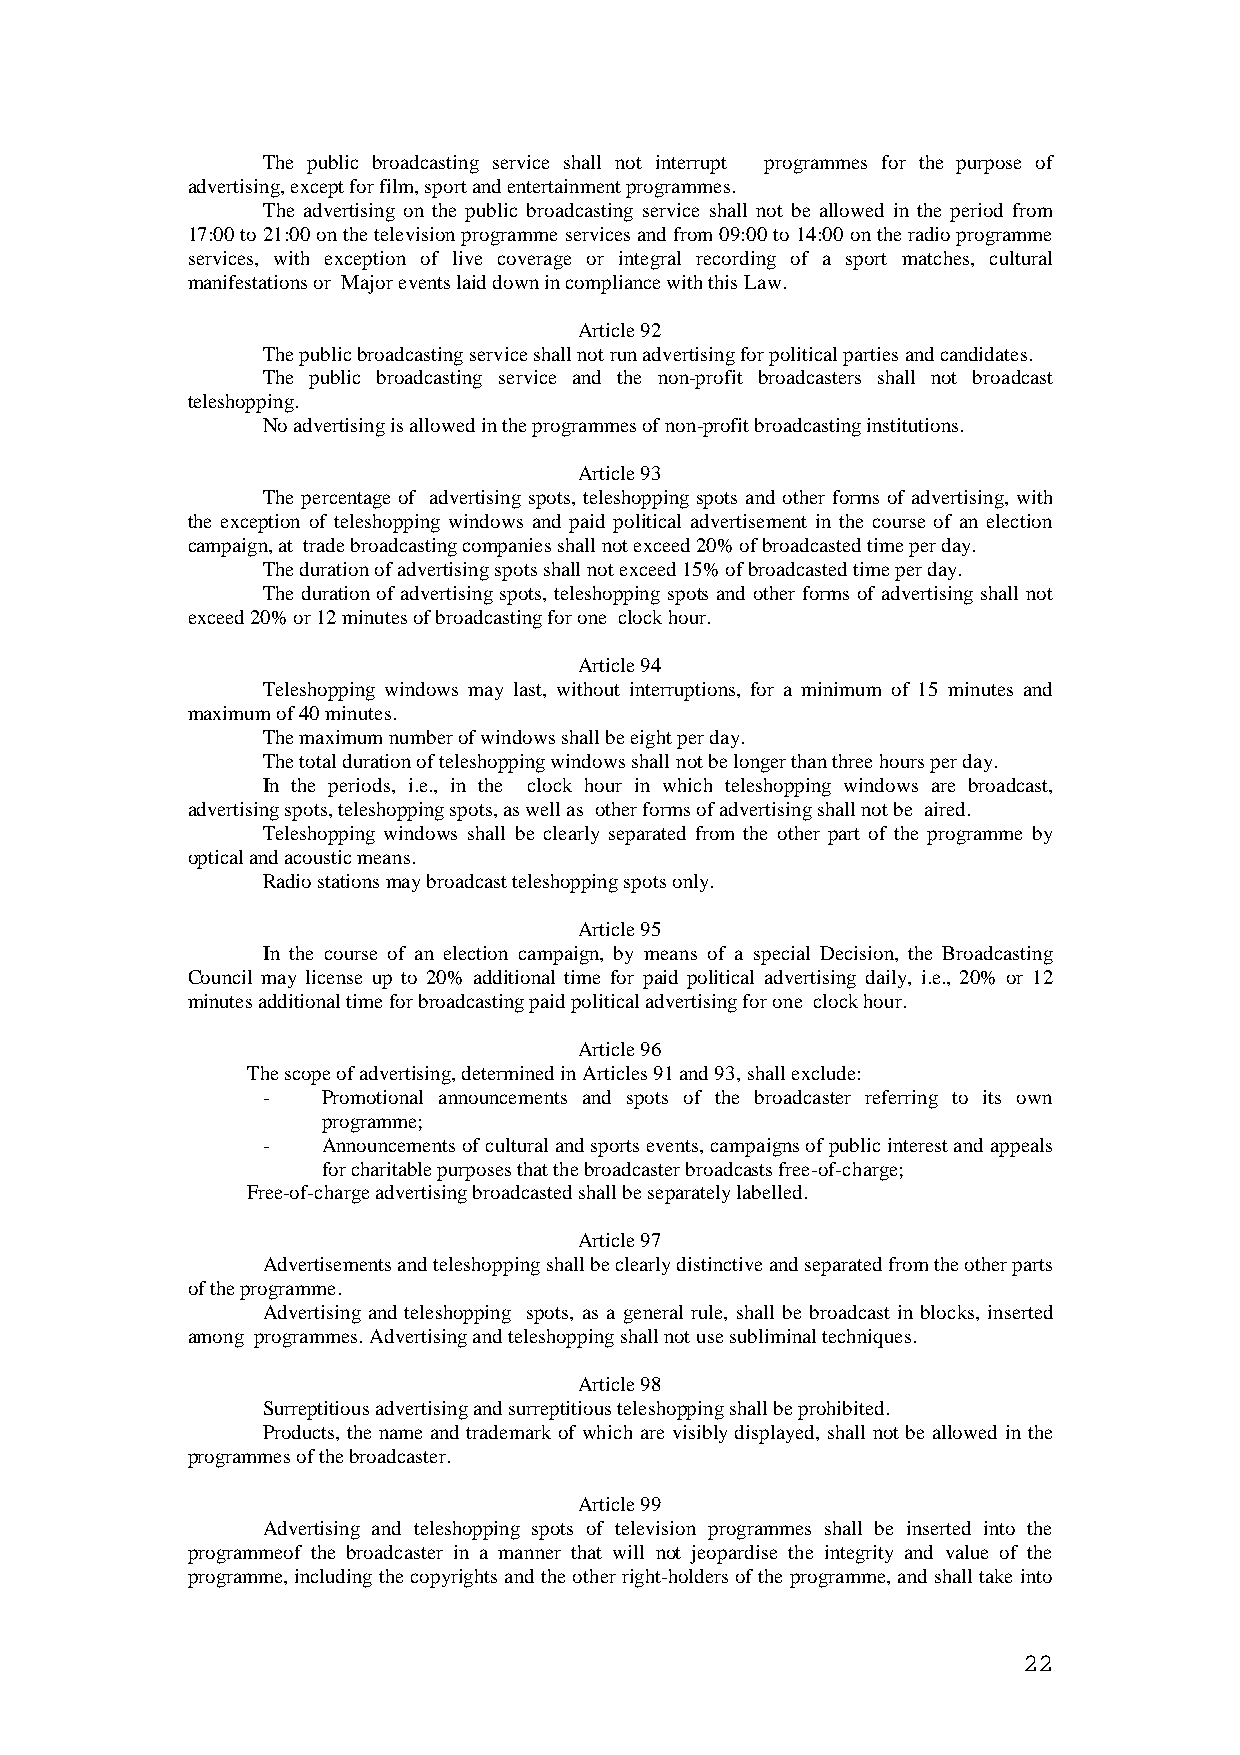
The public broadcasting service shall not interrupt programmes for the purpose of
 advertising, except for film, sport and entertainment programmes.
 The advertising on the public broadcasting service shall not be allowed in the period from
 17:00 to 21:00 on the television programme services and from 09:00 to 14:00 on the radio programme
 services, with exception of live coverage or integral recording of a sport matches, cultural
 manifestations or Major events laid down in compliance with this Law.
 Article 92
 The public broadcasting service shall not run advertising for political parties and candidates.
 The public broadcasting service and the non-profit broadcasters shall not broadcast
 teleshopping.
 No advertising is allowed in the programmes of non-profit broadcasting institutions.
 Article 93
 The percentage of advertising spots, teleshopping spots and other forms of advertising, with
 the exception of teleshopping windows and paid political advertisement in the course of an election
 campaign, at trade broadcasting companies shall not exceed 20% of broadcasted time per day.
 The duration of advertising spots shall not exceed 15% of broadcasted time per day.
 The duration of advertising spots, teleshopping spots and other forms of advertising shall not
 exceed 20% or 12 minutes of broadcasting for one clock hour.
 Article 94
 Teleshopping windows may last, without interruptions, for a minimum of 15 minutes and
 maximum of 40 minutes.
 The maximum number of windows shall be eight per day.
 The total duration of teleshopping windows shall not be longer than three hours per day.
 In the periods, i.e., in the clock hour in which teleshopping windows are broadcast,
 advertising spots, teleshopping spots, as well as other forms of advertising shall not be aired.
 Teleshopping windows shall be clearly separated from the other part of the programme by
 optical and acoustic means.
 Radio stations may broadcast teleshopping spots only.
 Article 95
 In the course of an election campaign, by means of a special Decision, the Broadcasting
 Council may license up to 20% additional time for paid political advertising daily, i.e., 20% or 12
 minutes additional time for broadcasting paid political advertising for one clock hour.
 Article 96
 The scope of advertising, determined in Articles 91 and 93, shall exclude:
 -   Promotional announcements and spots of the broadcaster referring to its own
 programme;
 -   Announcements of cultural and sports events, campaigns of public interest and appeals
 for charitable purposes that the broadcaster broadcasts free-of-charge;
 Free-of-charge advertising broadcasted shall be separately labelled.
 Article 97
 Advertisements and teleshopping shall be clearly distinctive and separated from the other parts
 of the programme.
 Advertising and teleshopping spots, as a general rule, shall be broadcast in blocks, inserted
 among programmes. Advertising and teleshopping shall not use subliminal techniques.
 Article 98
 Surreptitious advertising and surreptitious teleshopping shall be prohibited.
 Products, the name and trademark of which are visibly displayed, shall not be allowed in the
 programmes of the broadcaster.
 Article 99
 Advertising and teleshopping spots of television programmes shall be inserted into the
 programmeof the broadcaster in a manner that will not jeopardise the integrity and value of the
 programme, including the copyrights and the other right-holders of the programme, and shall take into
 22